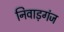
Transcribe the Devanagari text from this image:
निवाड़गंज